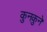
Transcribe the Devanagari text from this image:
कुनकुने